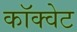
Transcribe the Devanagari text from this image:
कॉक्वेट